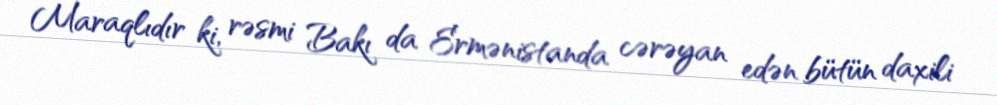
Maraqlıdır ki, rəsmi Bakı da Ermənistanda cərəyan edən bütün daxili